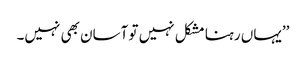
’’یہاں رہنا مشکل نہیں تو آسان بھی نہیں۔